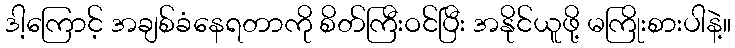
ဒါ့ကြောင့် အချစ်ခံနေရတာကို စိတ်ကြီးဝင်ပြီး အနိုင်ယူဖို့ မကြိုးစားပါနဲ့။